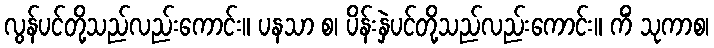
လွန်ပင်တို့သည်လည်းကောင်း။ ပနသာ စ၊ ပိန်းနှဲပင်တို့သည်လည်းကောင်း။ ကိံ သုကာစ၊